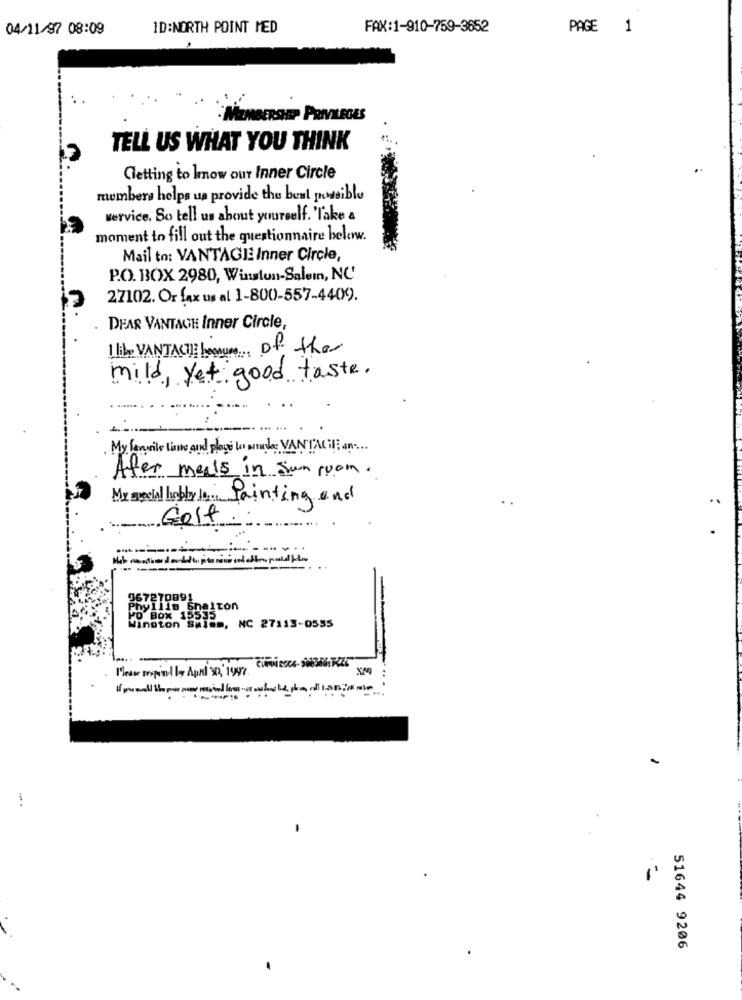
04/11/97 08:09
ID:NORTH POINT MED
FAX:1-910-759-3652
PAGE 1
MEMBERSHIP PRIVILEGES
TELL US WHAT YOU THINK
Getting to know our Inner Circle
members helps us provide the best possible
service. So tell us about yourself. 'Take a
moment to fill out the questionnaire below.
Mail to: VANTAGEE Inner Circle
P.O. BOX 2980, Winston-Salem, NC'
27102. Or fax us al 1-800-557-4409.
DEAR VANTACH Inner Circle,
1 libe VANTACI] besure .. of the
mild, yet good taste.
My family line and place to mundo VANTACHE an ...
After meals in Sun room.
My spell hobby 10 Painting and
Golf
267270891
Phyllis Shelton
PO BOX 15535
Winston Salem, NC 27113-0555
Please espinal by April 30 " 1947 .
51644 9206